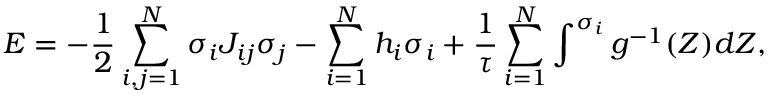
E = - \frac { 1 } { 2 } \sum _ { i , j = 1 } ^ { N } \sigma _ { i } J _ { i j } \sigma _ { j } - \sum _ { i = 1 } ^ { N } h _ { i } \sigma _ { i } + \frac { 1 } { \tau } \sum _ { i = 1 } ^ { N } \int ^ { \sigma _ { i } } g ^ { - 1 } ( Z ) d Z ,